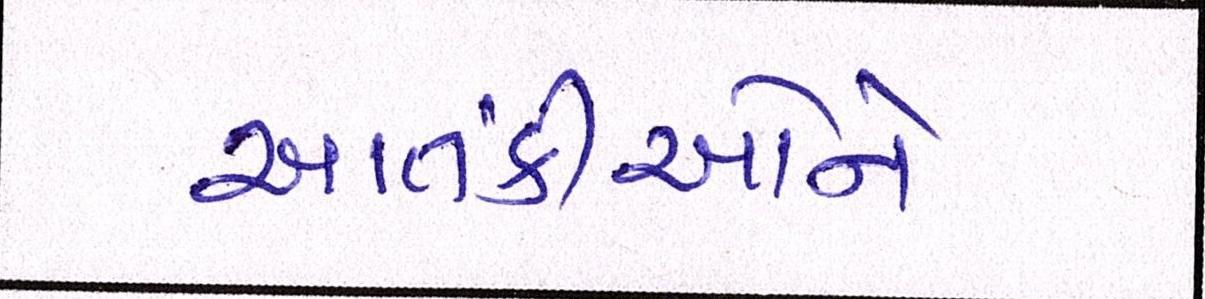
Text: આતંકીઓને